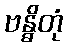
ဗန္ဓိတုံ